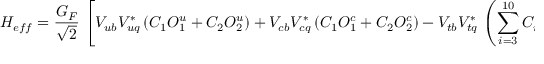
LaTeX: { \cal H } _ { e f f } = \frac { G _ { F } } { \sqrt { 2 } } \, \left[ V _ { u b } V _ { u q } ^ { * } \left( C _ { 1 } O _ { 1 } ^ { u } + C _ { 2 } O _ { 2 } ^ { u } \right) + V _ { c b } V _ { c q } ^ { * } \left( C _ { 1 } O _ { 1 } ^ { c } + C _ { 2 } O _ { 2 } ^ { c } \right) - V _ { t b } V _ { t q } ^ { * } \, \left( \sum _ { i = 3 } ^ { 1 0 } C _ { i } \, O _ { i } + C _ { g } O _ { g } \right) \right] \quad ,